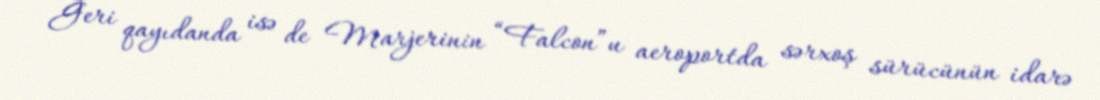
Geri qayıdanda isə de Marjerinin “Falcon”u aeroportda sərxoş sürücünün idarə